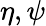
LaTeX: \eta,\psi